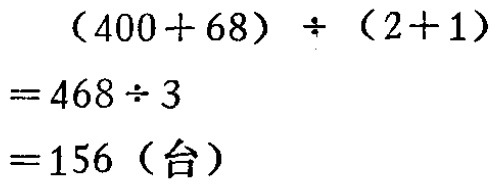
\[(400 + 68)\div(2 + 1)=468\div3 = 156(\text{台})\]